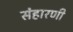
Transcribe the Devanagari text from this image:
संहारणी